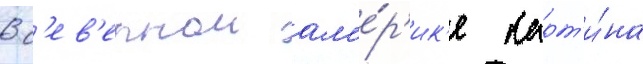
В с'ев'ернои ам'е́р'ик'е карт'и́на